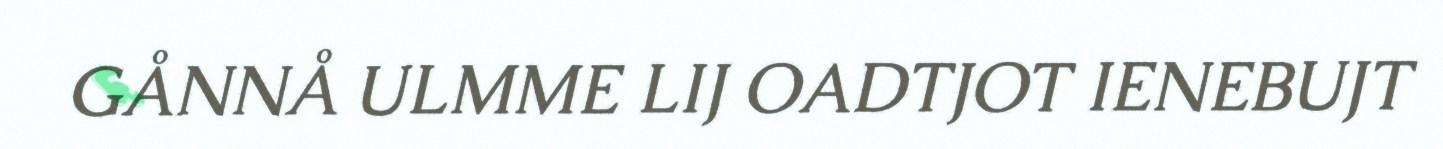
GÅNNÅ ULMME LIJ OADTJOT IENEBUJT